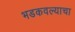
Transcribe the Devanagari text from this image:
भडकवल्याचा